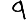
Digit: 9